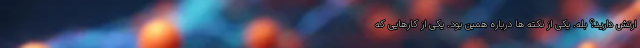
ارتش دارید؟ بله. یکی از نکته ها درباره همین بود. یکی از کارهایی که